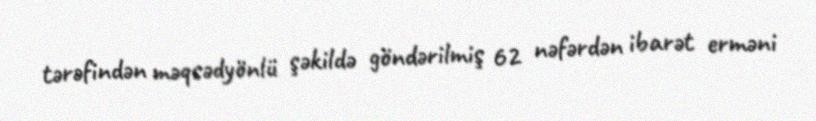
tərəfindən məqsədyönlü şəkildə göndərilmiş 62 nəfərdən ibarət erməni